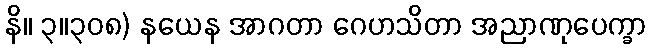
နိ။ ၃။၃၀၈) နယေန အာဂတာ ဂေဟသိတာ အညာဏုပေက္ခာ